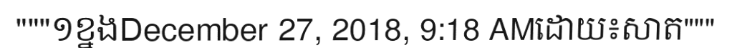
"""១ខ្នងDecember 27, 2018, 9:18 AMដោយ៖សាត"""